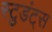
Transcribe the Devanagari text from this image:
स्टुडंट्‌स